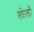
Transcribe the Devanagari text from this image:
तोलों